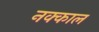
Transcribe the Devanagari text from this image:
नक्काल